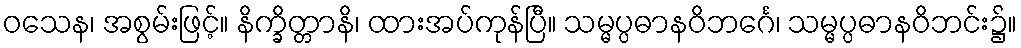
ဝသေန၊ အစွမ်းဖြင့်။ နိက္ခိတ္တာနိ၊ ထားအပ်ကုန်ပြီ။ သမ္မပ္ပဓာနဝိဘင်္ဂေ၊ သမ္မပ္ပဓာနဝိဘင်း၌။